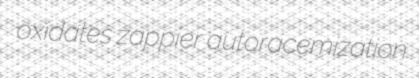
oxidates zappier autoracemization